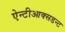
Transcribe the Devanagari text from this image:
ऐन्टीआक्सडन्ट